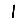
Digit: 1